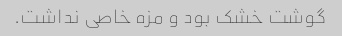
گوشت خشک بود و مزه خاصی نداشت.